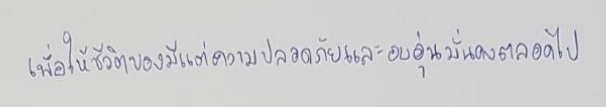
เพื่อให้ชีวิตของมีแต่ความปลอดภัยและอบอุ่นมั่นคงตลอดไป